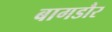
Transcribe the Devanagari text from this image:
बागडौर